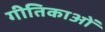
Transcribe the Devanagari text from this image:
गीतिकाओं